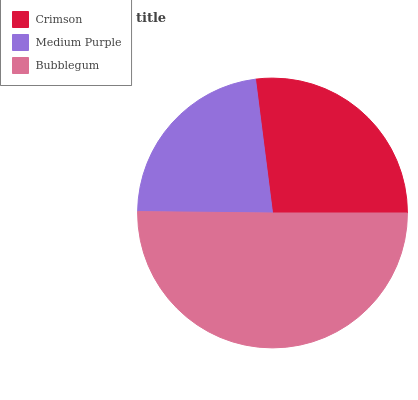
| Crimson | Medium Purple | Bubblegum |
 | --- | --- | --- |
 | 27.1% | 22.8% | 50.2% |